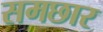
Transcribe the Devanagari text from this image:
समछार